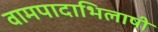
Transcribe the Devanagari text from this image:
वामपादाभिलाषी